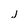
Character: j